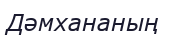
Дәмхананың